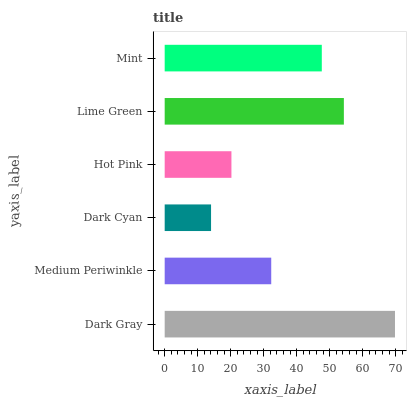
| yaxis_label | bars |
 | --- | --- |
 | Dark Gray | 69.8 |
 | Medium Periwinkle | 32.3 |
 | Dark Cyan | 14 |
 | Hot Pink | 20.2 |
 | Lime Green | 54.3 |
 | Mint | 47.6 |